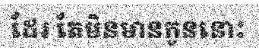
ដែរ តែមិនមានកូននោះ